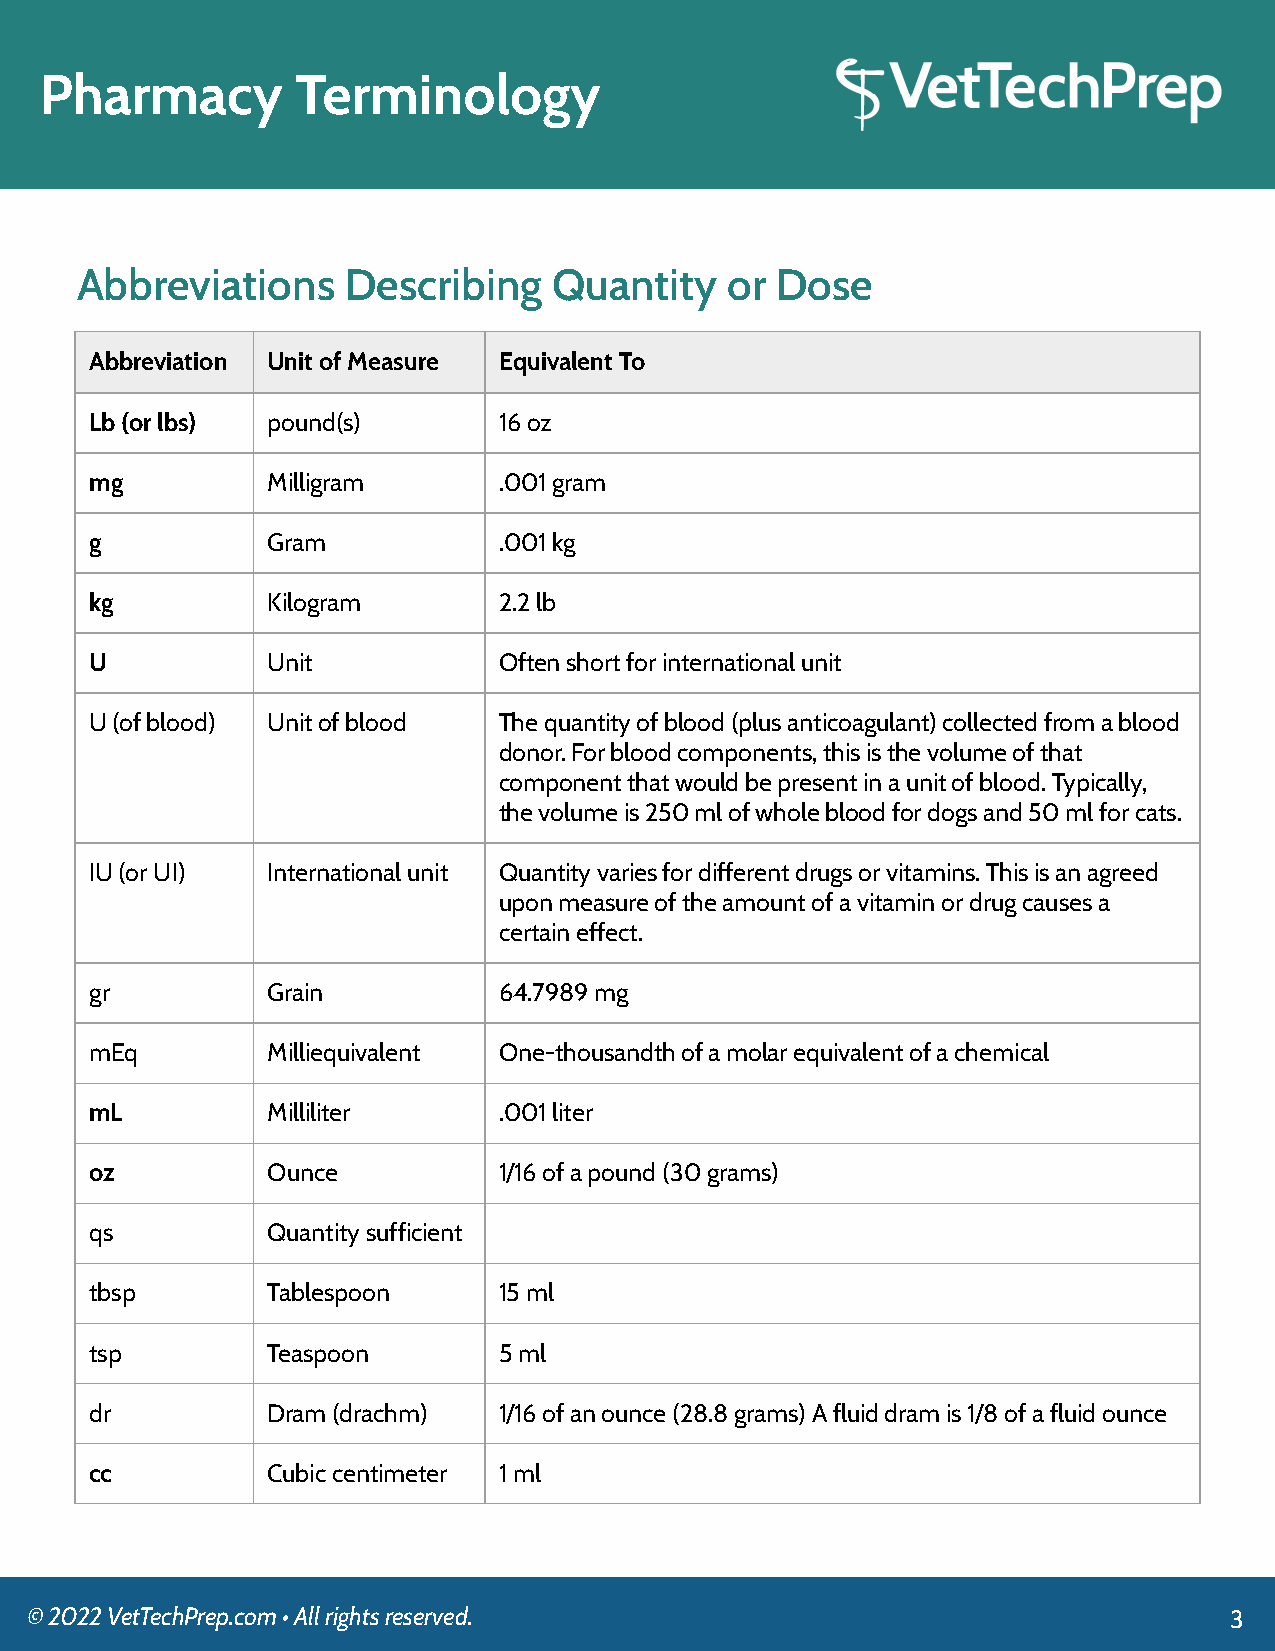
Pharmacy         Terminology
 Abbreviations     Describing    Quantity   or Dose
 Abbreviation Unit of Measure Equivalent To
 Lb (or lbs) pound(s)       16 oz
 mg          Milligram      .001 gram
 g           Gram           .001 kg
 kg          Kilogram       2.2 lb
 U           Unit           Often short for international unit
 U (of blood) Unit of blood The quantity of blood (plus anticoagulant) collected from a blood
 donor. For blood components, this is the volume of that
 component that would be present in a unit of blood. Typically,
 the volume is 250 ml of whole blood for dogs and 50 ml for cats.
 IU (or UI)  International unit Quantity varies for different drugs or vitamins. This is an agreed
 upon measure of the amount of a vitamin or drug causes a
 certain effect.
 gr          Grain          64.7989 mg
 mEq         Milliequivalent One-thousandth of a molar equivalent of a chemical
 mL          Milliliter     .001 liter
 oz          Ounce          1/16 of a pound (30 grams)
 qs          Quantity sufficient
 tbsp        Tablespoon     15 ml
 tsp         Teaspoon       5 ml
 dr          Dram (drachm)  1/16 of an ounce (28.8 grams) A fluid dram is 1/8 of a fluid ounce
 cc          Cubic centimeter 1 ml
 © 2022 VetTechPrep.com • All rights reserved.                                  3